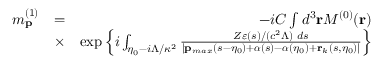
\begin{array} { r l r } { m _ { \mathbf { p } } ^ { ( 1 ) } } & { = } & { - i { \cal C } \int d ^ { 3 } \mathbf { r } { \cal M } ^ { ( 0 ) } ( \mathbf { r } ) } \\ & { \times } & { \exp \left\{ i \int _ { \eta _ { 0 } - i \Lambda / \kappa ^ { 2 } } \frac { Z \varepsilon ( s ) / ( c ^ { 2 } \Lambda ) \, \, d s } { | \mathbf { p } _ { m a x } ( s - \eta _ { 0 } ) + { \boldsymbol \alpha } ( s ) - { \boldsymbol \alpha } ( \eta _ { 0 } ) + \mathbf { r } _ { k } ( s , \eta _ { 0 } ) | } \right\} } \end{array}